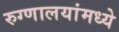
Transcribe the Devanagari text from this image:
रुग्णालयांमध्ये